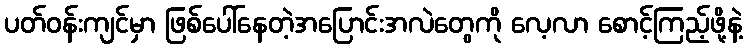
ပတ်ဝန်းကျင်မှာ ဖြစ်ပေါ်နေတဲ့အပြောင်းအလဲတွေကို လေ့လာ စောင့်ကြည့်ဖို့နဲ့